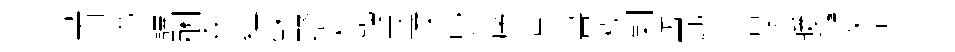
芾百撈譯酬森蕴蘇墅楊鏤巫擈毖序京畫楧剿坊瓦芋音漆暖囀懒忐